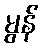
မွန်